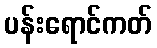
ပန်းရောင်ကတ်